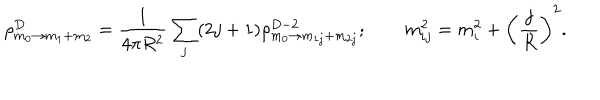
\rho _ { m _ { 0 } \rightarrow m _ { 1 } + m _ { 2 } } ^ { D } = \frac { 1 } { 4 \pi R ^ { 2 } } \sum _ { j } ( 2 j + 1 ) \rho _ { m _ { 0 } \rightarrow m _ { 1 j } + m _ { 2 j } } ^ { D - 2 } ; \qquad m _ { i j } ^ { 2 } = m _ { i } ^ { 2 } + \left( \frac { j } { R } \right) ^ { 2 } .